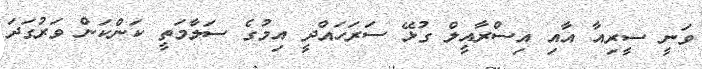
ވަނީ ސީރިއާ އާއި އިސްރާއީލް ގުޅޭ ސަރަހައްދީ އިމުގެ ސަލާމަތީ ކަންކަން ވަރުގަދަ